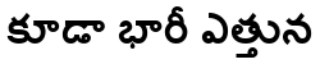
కూడా భారీ ఎత్తున